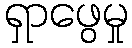
ရှာဖွေမှု